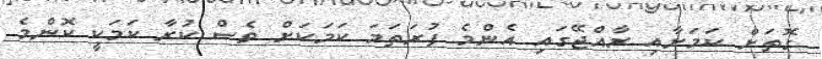
ގޮތަށް ކަމަށާއި ރާއްޖޭގައި އެންމެ ފުރަތަމަ ކަމަކަށް ވެސް ކުރާ ކަމަކީ ކޮންމެ